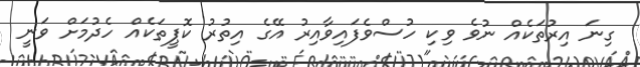
ގިނަ އިރުތަކެއް ނުވެ ވިކި ހުސްވެފައިވާއިރު އޭގެ އިތުރު ކޮޕީތަކެއް ހެދުމަށް ވަނީ